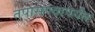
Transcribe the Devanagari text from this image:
तपासण्यापर्यंत